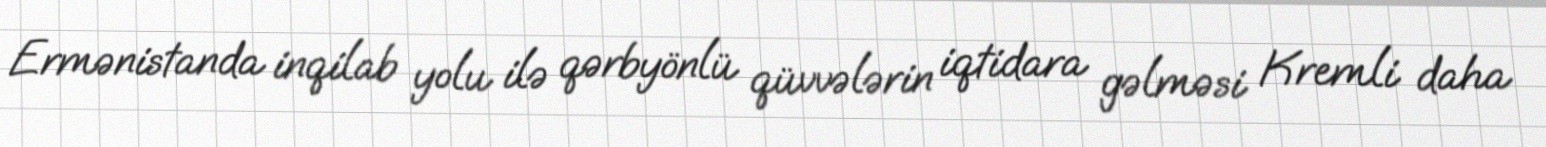
Ermənistanda inqilab yolu ilə qərbyönlü qüvvələrin iqtidara gəlməsi Kremli daha